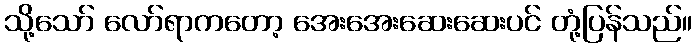
သို့သော် လော်ရာကတော့ အေးအေးဆေးဆေးပင် တုံ့ပြန်သည်။